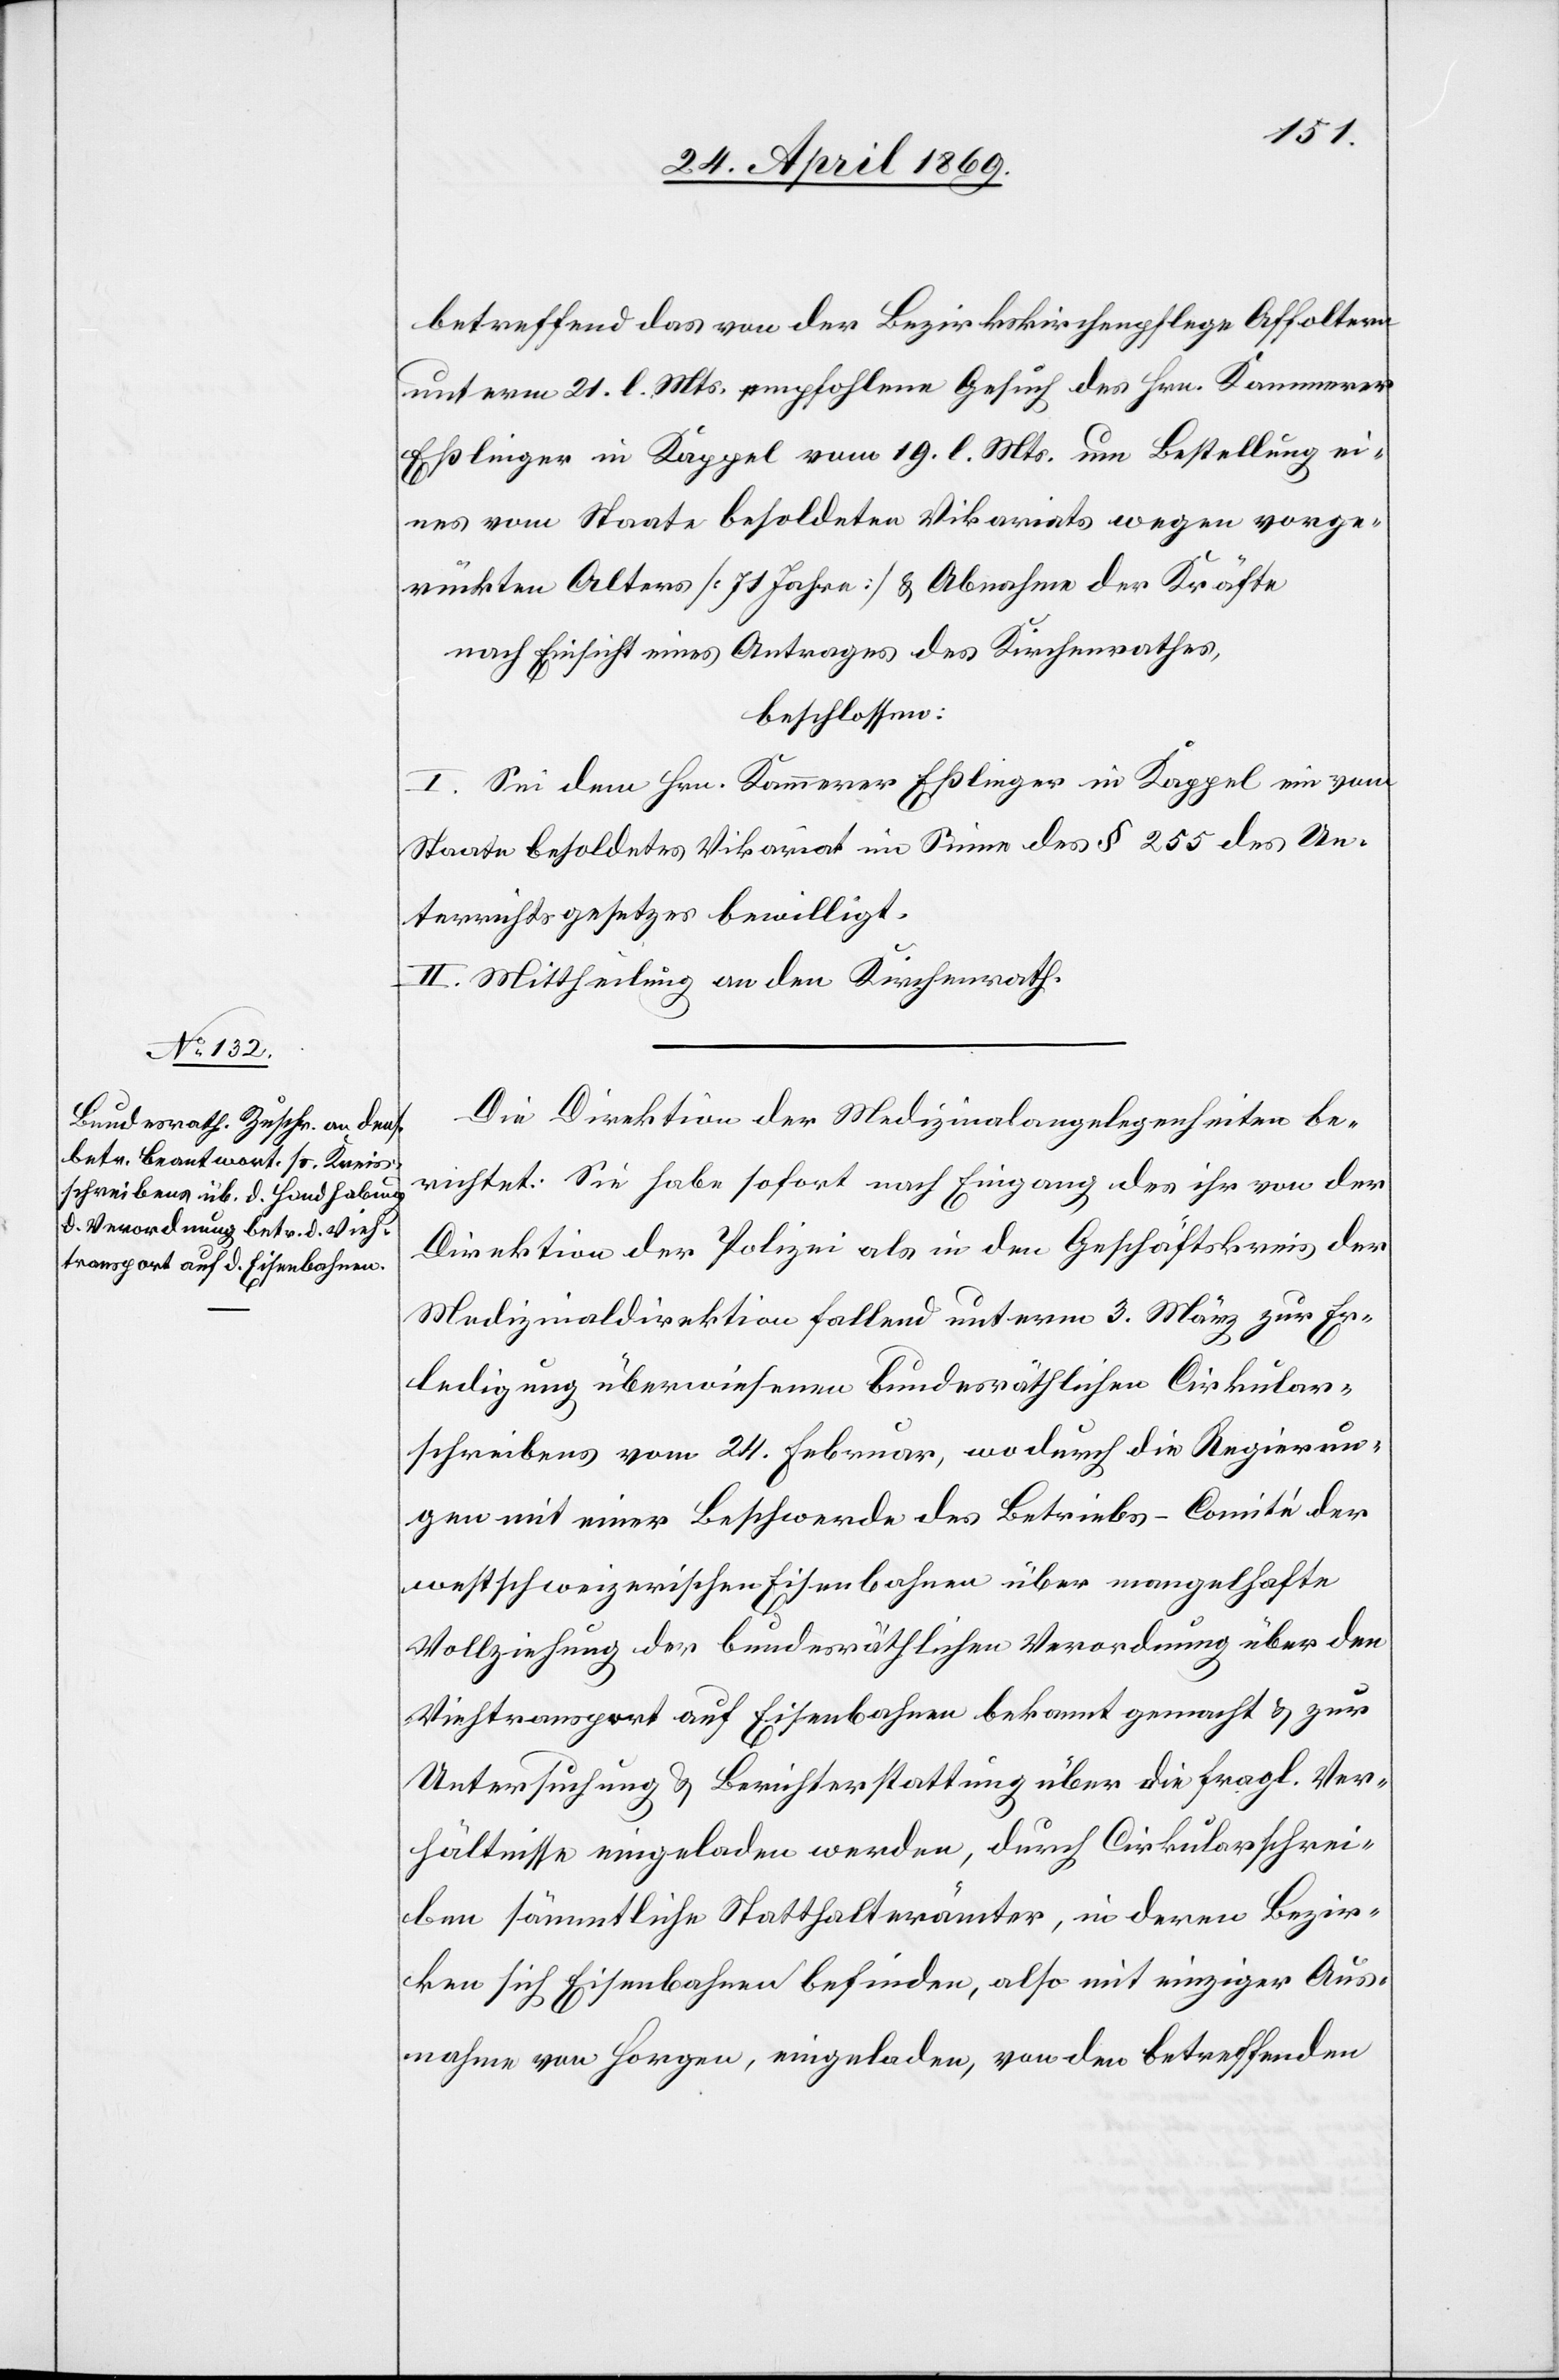
betreffend das von der Bezirkskirchenpflege Affoltern
unterm 21. l. Mts. empfohlene Gesuch des Hrn. Kammerer
Eßlinger in Kappel vom 19. l. Mts. um Bestellung ei¬
nes vom Staate besoldeten Vikariats wegen vorge¬
rückten Alters [71 Jahre] u. Abnahme der Kräfte
nach Einsicht eines Antrages des Kirchenrathes,
beschlossen:
I. Sei dem Hrn. Kammerer Eßlinger in Kappel ein vom
Staate besoldetes Vikariates im Sinne des § 255 des Un¬
terrichtsgesetzes bewilligt.
II. Mittheilung an den Kirchenrath.
Die Direktion der Medizinalangelegenheiten be¬
richtet: Sie habe sofort nach Eingang des ihr von der
Direktion der Polizei als in den Geschäftskreis der
Medizinaldirektion fallend unterm 3. März zur Er¬
ledigung überwiesenen bundesräthlichen Cirkular¬
schreiben vom 24. Februar, wodurch die Regierun¬
gen mit einer Beschwerde des Betriebs-Comité der
westschweizerischen Eisenbahnen über mangelhafte
Vollziehung des bundesräthlichen Verordnung über den
Viehtransport auf Eisenbahnen bekannt gemacht u. zur
Untersuchung u. Berichterstattung über die fragl. Ver¬
hältnisse eingeladen werden, durch Cirkularschrei¬
ben sämmtliche Statthalterämter, in deren Bezir¬
ken sich Eisenbahnen befinden, also mit einziger Aus¬
nahme von Horgen, eingeladen, von den betreffenden